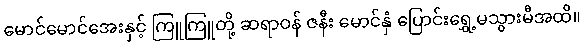
မောင်မောင်အေးနှင့် ကြူကြူတို့ ဆရာဝန် ဇနီး မောင်နှံ ပြောင်းရွှေ့မသွားမီအထိ။